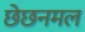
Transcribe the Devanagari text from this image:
छेछनमल